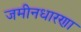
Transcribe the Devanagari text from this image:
जमीनधारणा